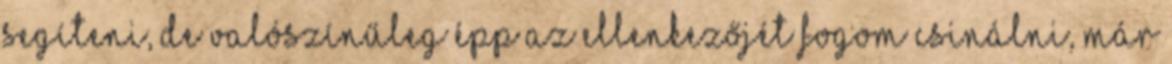
segíteni, de valószínűleg épp az ellenkezőjét fogom csinálni, már